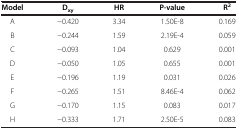
| Model | Dxy | HR | P-value | R2 |
 | --- | --- | --- | --- | --- |
 | A | −0.420 | 3.34 | 1.50E-8 | 0.169 |
 | B | −0.244 | 1.59 | 2.19E-4 | 0.059 |
 | C | −0.093 | 1.04 | 0.629 | 0.001 |
 | D | −0.050 | 1.05 | 0.655 | 0.001 |
 | E | −0.196 | 1.19 | 0.031 | 0.026 |
 | F | −0.265 | 1.51 | 8.46E-4 | 0.062 |
 | G | −0.170 | 1.15 | 0.083 | 0.017 |
 | H | −0.333 | 1.71 | 2.50E-5 | 0.083 |